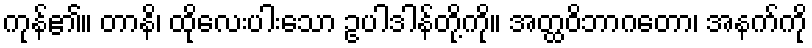
ကုန်၏။ တာနိ၊ ထိုလေးပါးသော ဥပါဒါန်တို့ကို။ အတ္ထဝိဘာဂတော၊ အနက်ကို